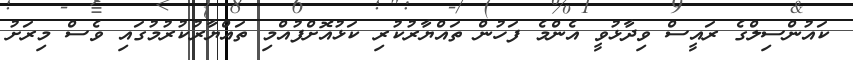
ކައުންސިލްގެ ރައީސް ވިދާޅުވީ އެންމެ ފަހުން ތައްޔާރުކުރި ކަޅުއޮށްފުއްމި ތައްޔާރުކުރުމުގައި ވެސް މިރަށު